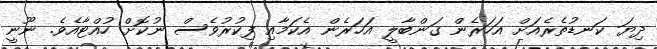
ދިޔަ ކަނޑުތެރެއަށް އަހަރެން ގަންބާލީ އަހަރެން އެކަމާއި ފިކުރުވެސް ނުކޮށް ހުއްޓާއެވެ. ނޫނީ